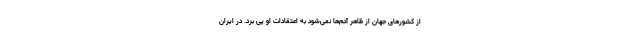
از کشورهای جهان از ظاهر آدم‌ها نمی‌شود به اعتقادات او پی برد. در ایران